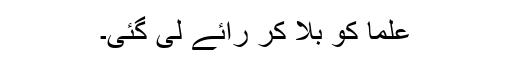
علما کو بلا کر رائے لی گئی۔